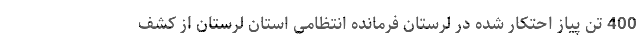
400 تن پیاز احتکار شده در لرستان فرمانده انتظامی استان لرستان از کشف